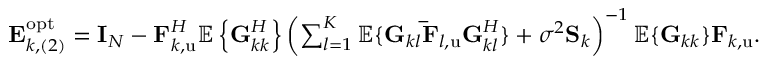
\begin{array} { r } { \mathbf { E } _ { k , ( 2 ) } ^ { \mathrm { o p t } } = \mathbf { I } _ { N } - \mathbf { F } _ { k , \mathrm { u } } ^ { H } \mathbb { E } \left\{ \mathbf { G } _ { k k } ^ { H } \right\} \left( \sum _ { l = 1 } ^ { K } { \mathbb { E } \{ \mathbf { G } _ { k l } \mathbf { \bar { F } } _ { l , \mathrm { u } } \mathbf { G } _ { k l } ^ { H } \} } + \sigma ^ { 2 } \mathbf { S } _ { k } \right) ^ { - 1 } \mathbb { E } \{ \mathbf { G } _ { k k } \} \mathbf { F } _ { k , \mathrm { u } } . } \end{array}